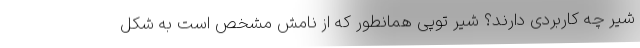
شیر چه کاربردی دارند؟ شیر توپی همانطور که از نامش مشخص است به شکل